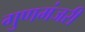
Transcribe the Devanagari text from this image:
गुणमंजरी